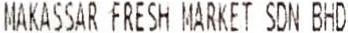
MAKASSAR FRESH MARKET SDN BHD